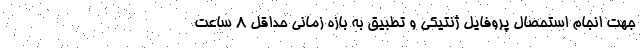
جهت انجام استحصال پروفایل ژنتیکی و تطبیق به بازه زمانی حداقل ۸ ساعت